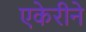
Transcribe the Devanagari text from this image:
एकेरीने